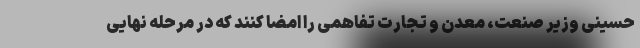
حسینی وزیر صنعت، معدن و تجارت تفاهمی را امضا کنند که در مرحله نهایی